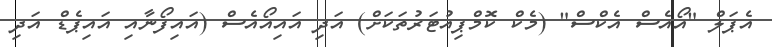
އެޕަލް "އޯއެސް އެކްސް" (މެކް ކޮމްޕިއުޓަރުތަކަށް) އަދި އައިއޯއެސް (އައިފޯނާއި އައިޕެޑް އަދި